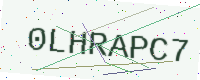
Text: 0LHRAPC7